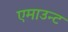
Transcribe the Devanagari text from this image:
एमाउन्ट